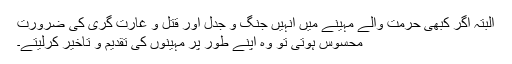
البتہ اگر کبھی حرمت والے مہینے میں انہیں جنگ و جدل اور قتل و غارت گری کی ضرورت
محسوس ہوتی تو وہ اپنے طور پر مہینوں کی تقدیم و تاخیر کرلیتے۔